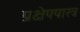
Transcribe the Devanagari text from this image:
प्रक्षेपपास्त्र